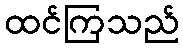
ထင်ကြသည်